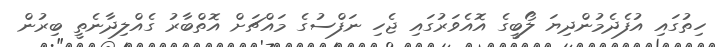
ހިތުގައި އުފެދެމުންދިޔަ ލޯބީގެ އޮއެވަރުގައި ޖެހި ނަފްސުގެ މައްޗަށް އޮތްބާރު ގެއްލިދާނެތީ ބިރުން